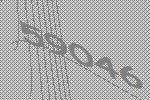
59046